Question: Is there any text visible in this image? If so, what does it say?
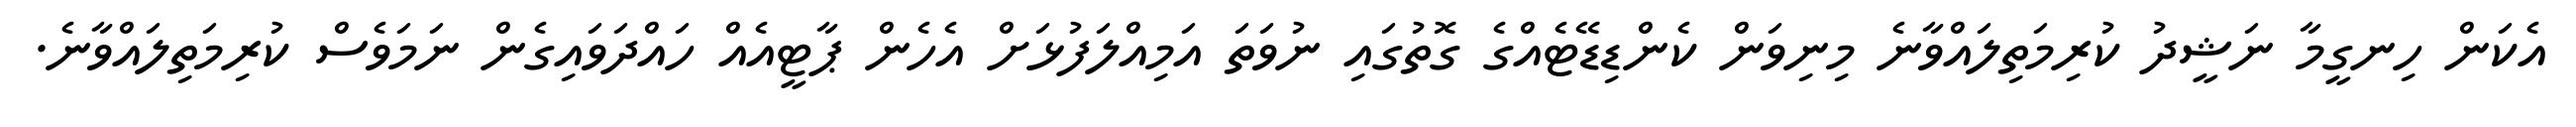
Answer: އެކަން ހިނގީމާ ނަޝީދު ކުރިމަތިލައްވާނެ މިނިވަން ކެންޑިޑޭޓެއްގެ ގޮތުގައި ނުވަތަ އަމިއްލަފުޅަށް އެހެން ޕާޓީއެއް ހައްދަވައިގެން ނަމަވެސް ކުރިމަތިލައްވާނެ.